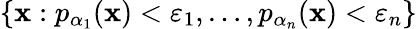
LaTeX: \left\{ \mathbf{x}:p_{\alpha_{1}}(\mathbf{x})<\varepsilon_{1},\ldots,p_{\alpha_{n}}(\mathbf{x})<\varepsilon_{n}\right\}